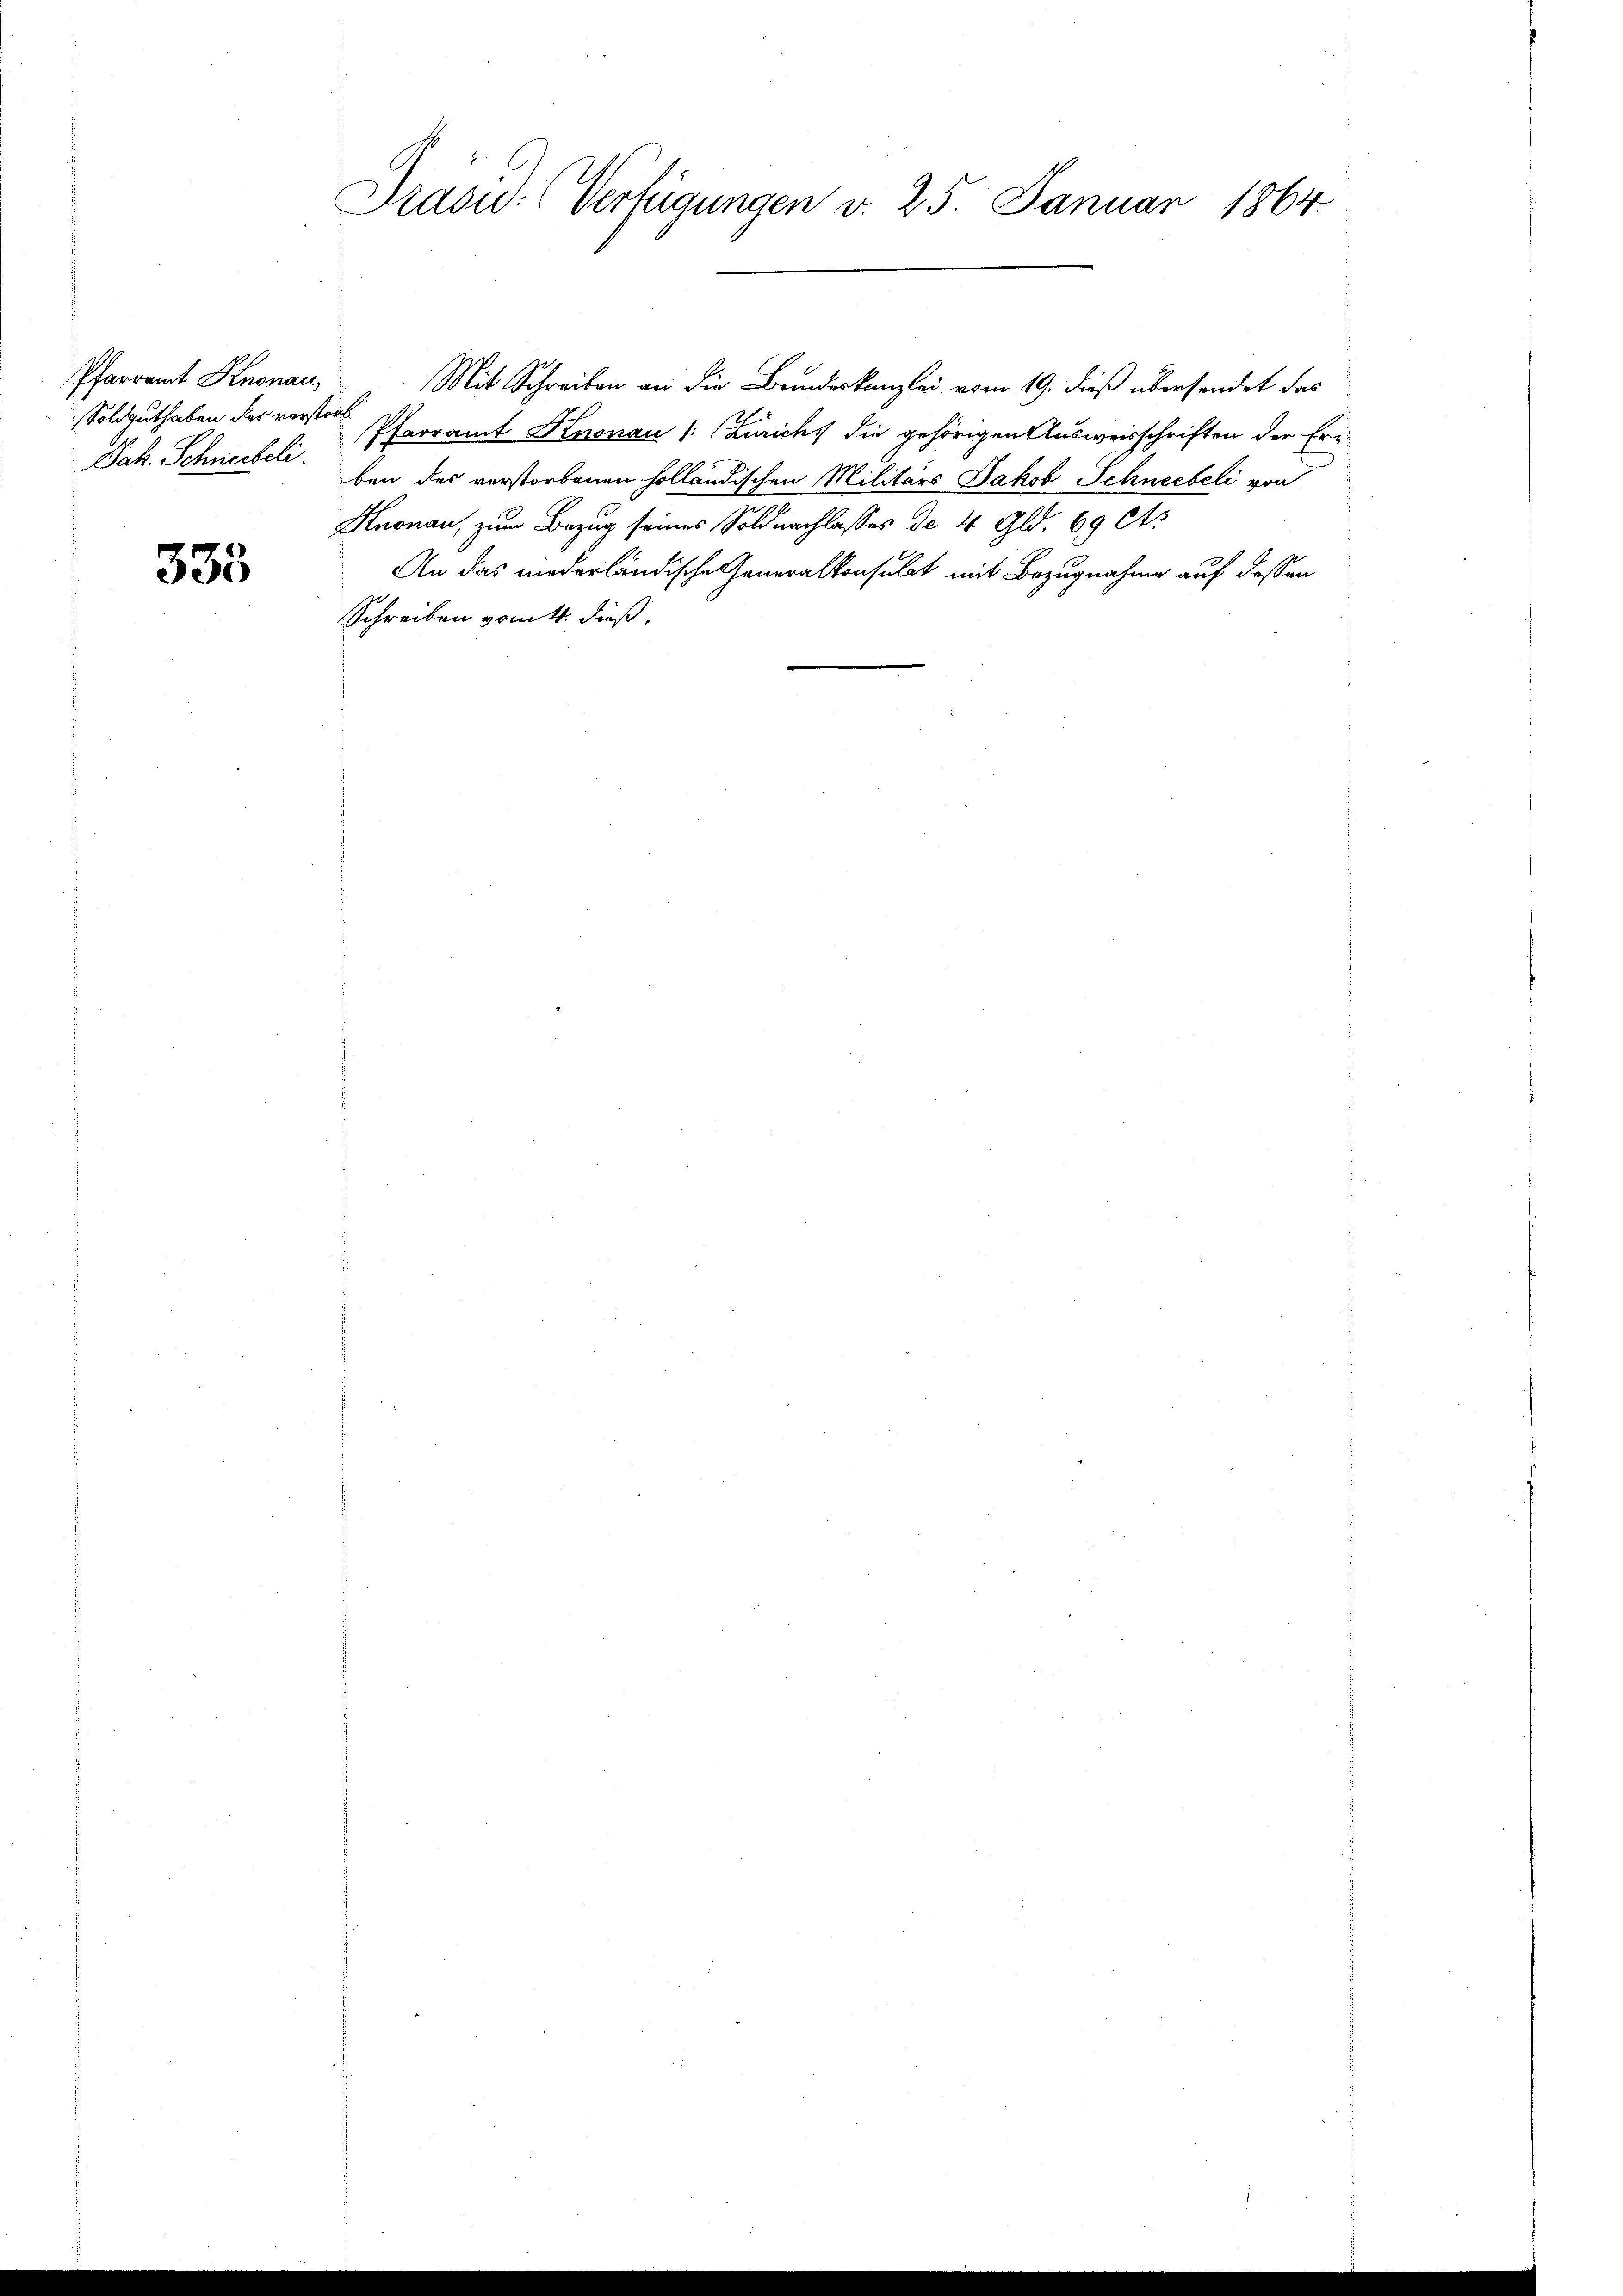
Pfarramt Knonau
oldguthaben des verstorb
Jak. Schneebeli

335

Prasid. Verfügungen v. 25. Januar 1864.

Mit Schreiben an die Bundeskanzlei vom 19. dieß übersendet das
Pfarramt Knonau (: Zürich, die gehörigen Ausweisschriften der Eriben des verstorbenen holländischen Militärs Jakob Schneebeli von
Knonau, zum Bezug seines Soldnachlasses de 4 Gld. 69 lt.
An das niederländische Generalkonsulat mit Bezugnahme auf dessen
Schreiben vom 4. dieß.